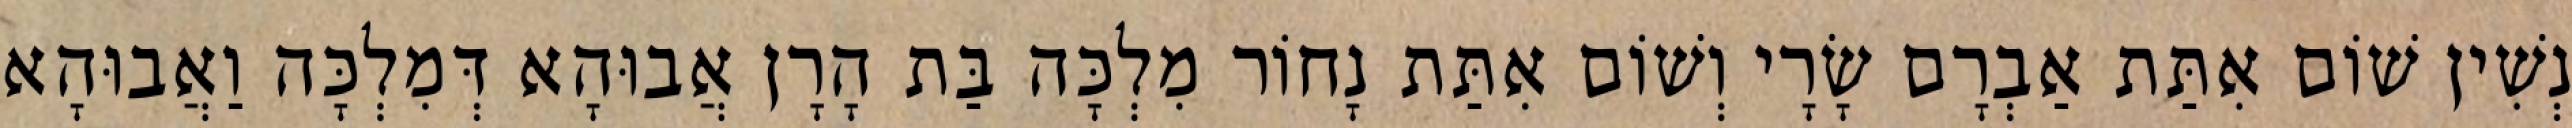
נְשִׁין שׁוֹם אִתַּת אַבְרָם שָׂרָי וְשׁוֹם אִתַּת נָחוֹר מִלְכָּה בַּת הָרָן אֲבוּהָא דְּמִלְכָּה וַאֲבוּהָא